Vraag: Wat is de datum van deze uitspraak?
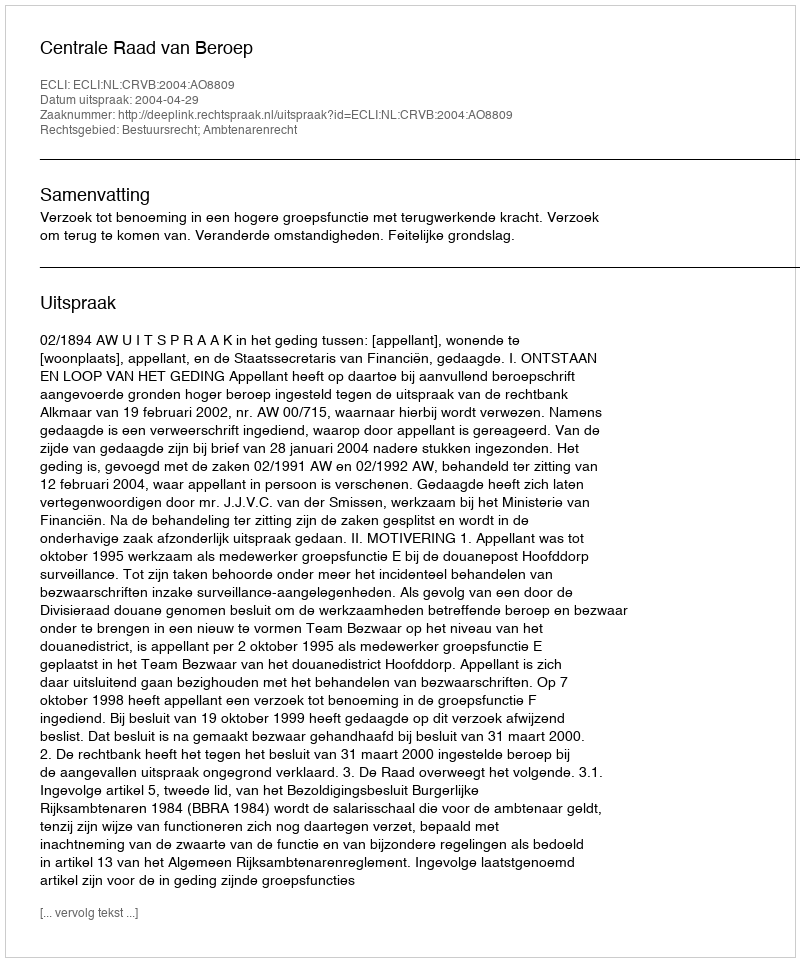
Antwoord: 2004-04-29